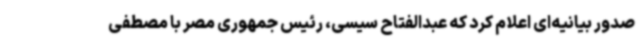
صدور بیانیه‌ای اعلام کرد که عبدالفتاح سیسی، رئیس جمهوری مصر با مصطفی